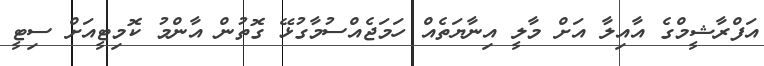
އަފްރާޝީމްގެ އާއިލާ އަށް މާލީ އިނާޔަތެއް ހަމަޖެއްސުމާގުޅޭ ގޮތުން އާންމު ކޮމިޓީއަށް ސިޓީ